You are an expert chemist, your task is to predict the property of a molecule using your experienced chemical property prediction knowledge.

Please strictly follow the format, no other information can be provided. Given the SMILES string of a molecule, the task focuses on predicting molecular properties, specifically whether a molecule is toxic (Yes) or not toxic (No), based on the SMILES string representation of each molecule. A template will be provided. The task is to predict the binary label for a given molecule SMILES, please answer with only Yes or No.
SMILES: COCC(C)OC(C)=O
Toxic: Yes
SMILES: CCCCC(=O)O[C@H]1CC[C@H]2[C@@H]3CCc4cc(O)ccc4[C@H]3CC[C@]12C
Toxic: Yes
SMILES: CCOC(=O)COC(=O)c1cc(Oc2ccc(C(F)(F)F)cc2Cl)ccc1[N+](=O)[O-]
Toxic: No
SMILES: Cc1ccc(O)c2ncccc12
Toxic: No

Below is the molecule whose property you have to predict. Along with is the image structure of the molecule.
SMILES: COc1ncc(F)c2nc(S(=O)(=O)Nc3c(F)cccc3F)nn12
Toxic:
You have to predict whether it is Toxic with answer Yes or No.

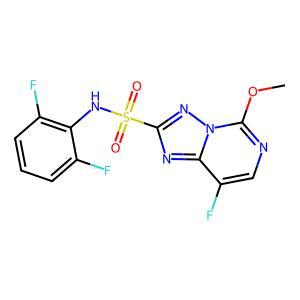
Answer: No